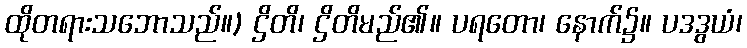
ထိုတရားသဘောသည်။) ဌိတိ၊ ဌိတိမည်၏။ ပရတော၊ နောက်၌။ ပဒဒွယံ၊